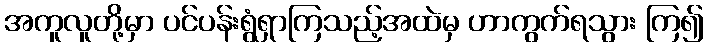
အကူလူတို့မှာ ပင်ပန်းရွံရှာကြသည့်အထဲမှ ဟာကွက်ရသွား ကြ၍